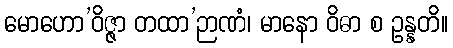
မောဟော’ဝိဇ္ဇာ တထာ’ဉာဏံ၊ မာနော ဝိဓာ စ ဥန္နတိ။